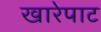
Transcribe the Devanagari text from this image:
खारेपाट